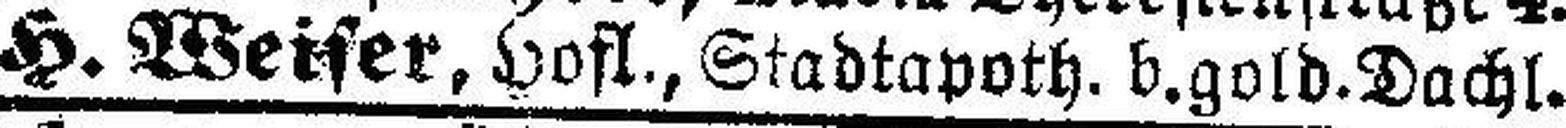
H. Weiser, Hofl., Stadtapoth. b. gold.Dachl.